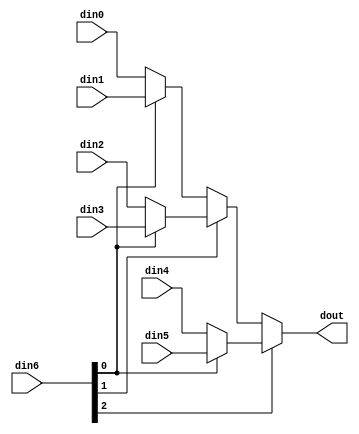
// ==============================================================
// Vivado(TM) HLS - High-Level Synthesis from C, C++ and SystemC v2020.1 (64-bit)
// Copyright 1986-2020 Xilinx, Inc. All Rights Reserved.
// ==============================================================

`timescale 1ns/1ps

module ConvolutionInputGenerator_0_ConvolutionInputGhbi #(
parameter
    ID                = 0,
    NUM_STAGE         = 1,
    din0_WIDTH       = 32,
    din1_WIDTH       = 32,
    din2_WIDTH       = 32,
    din3_WIDTH       = 32,
    din4_WIDTH       = 32,
    din5_WIDTH       = 32,
    din6_WIDTH         = 32,
    dout_WIDTH            = 32
)(
    input  [3 : 0]     din0,
    input  [3 : 0]     din1,
    input  [3 : 0]     din2,
    input  [3 : 0]     din3,
    input  [3 : 0]     din4,
    input  [3 : 0]     din5,
    input  [2 : 0]    din6,
    output [3 : 0]   dout);

// puts internal signals
wire [2 : 0]     sel;
// level 1 signals
wire [3 : 0]         mux_1_0;
wire [3 : 0]         mux_1_1;
wire [3 : 0]         mux_1_2;
// level 2 signals
wire [3 : 0]         mux_2_0;
wire [3 : 0]         mux_2_1;
// level 3 signals
wire [3 : 0]         mux_3_0;

assign sel = din6;

// Generate level 1 logic
assign mux_1_0 = (sel[0] == 0)? din0 : din1;
assign mux_1_1 = (sel[0] == 0)? din2 : din3;
assign mux_1_2 = (sel[0] == 0)? din4 : din5;

// Generate level 2 logic
assign mux_2_0 = (sel[1] == 0)? mux_1_0 : mux_1_1;
assign mux_2_1 = mux_1_2;

// Generate level 3 logic
assign mux_3_0 = (sel[2] == 0)? mux_2_0 : mux_2_1;

// output logic
assign dout = mux_3_0;

endmodule